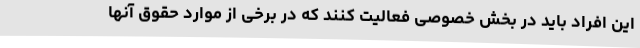
این افراد باید در بخش خصوصی فعالیت کنند که در برخی از موارد حقوق آنها